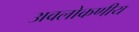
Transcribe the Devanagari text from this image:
अवलोकणीय